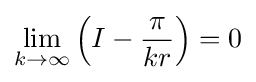
\lim _{k\rightarrow \infty }{\Big (}I-{\pi  \over kr}{\Big )}=0